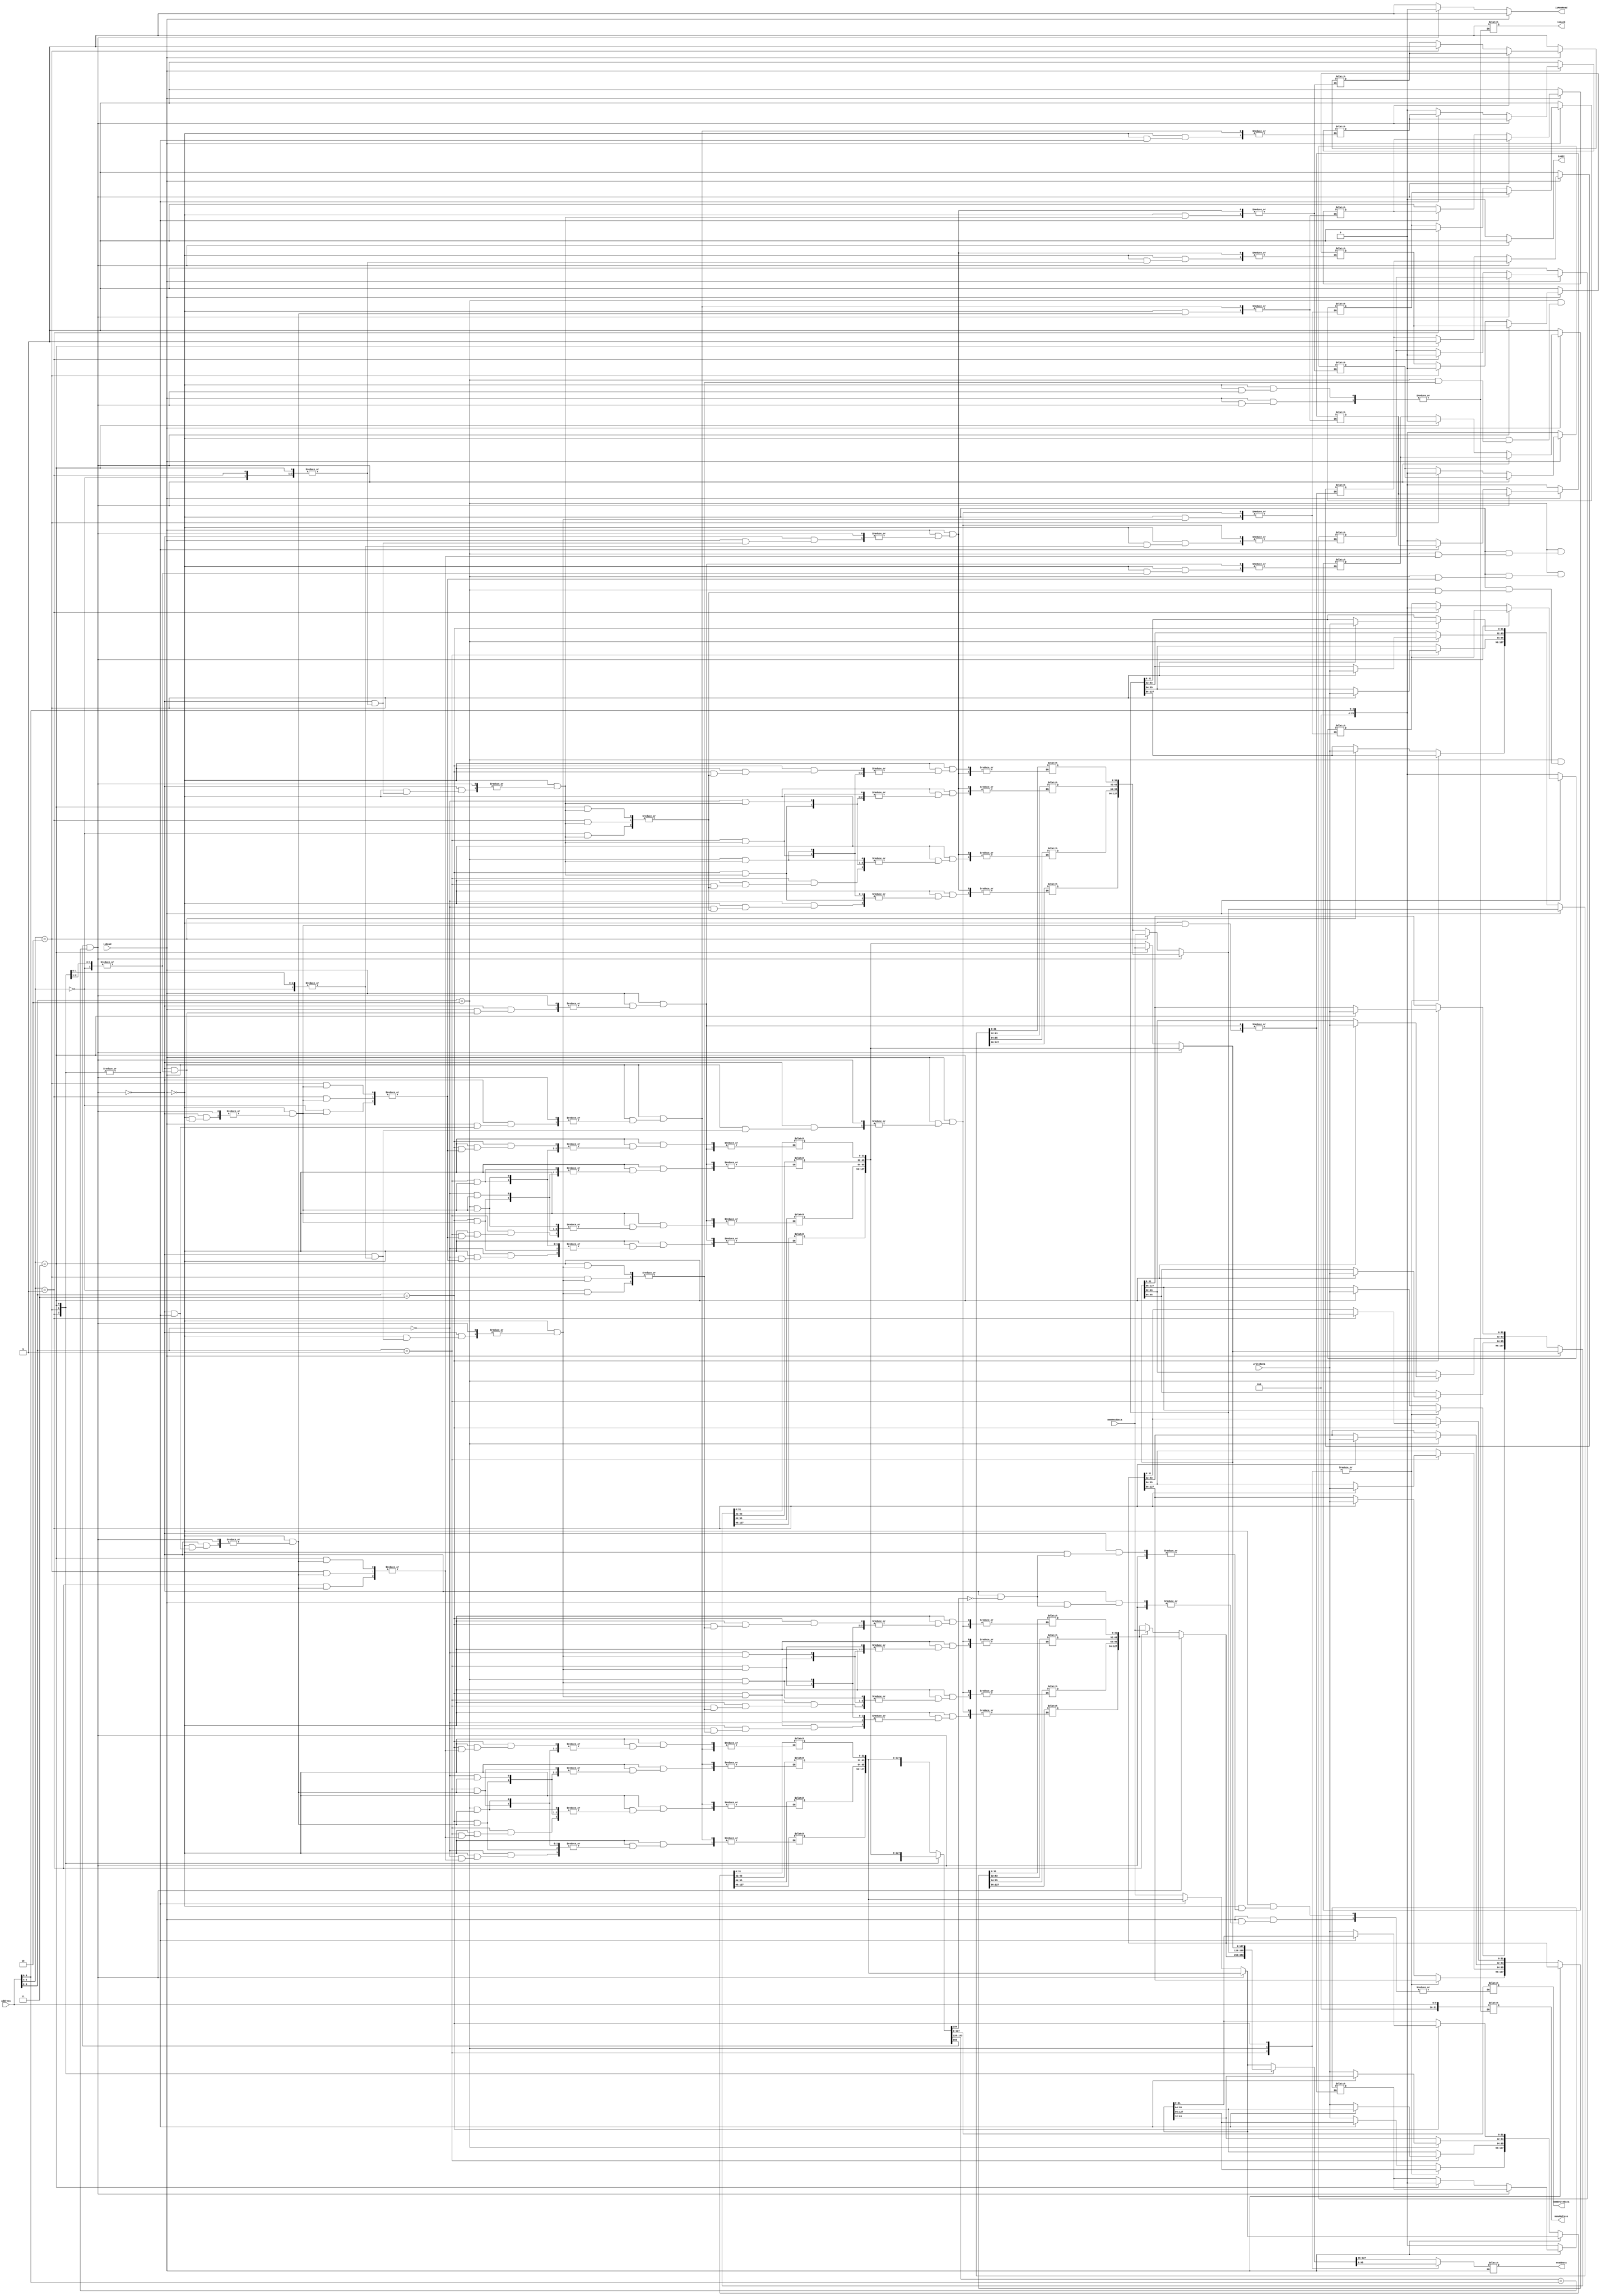
module cache_2a(
  // with cpu
  input isRead,
  input [9:0] address,
  input [31:0] writeData,
  output reg [31:0] readData,
  output reg isHit,
  // with main memory
  output reg isMemRead,
  output reg [127:0] memWriteData,
  output reg isLock,
  output reg [31:0] memAddress,
  input [127:0] memReadData
);

  reg [155:0] block [3:0];

  integer i;
  initial begin
    for (i=0; i<4; i=i+1) begin
      block[i] = 0;
    end
    isMemRead = 1;
    memWriteData = 0;
    isLock = 1;
  end

  reg [25:0] tag;
  reg [1:0] index;
  reg [1:0] wordOffset;
  always @(*) begin
    /* parse the address */
    tag = {0,address[9:6]};
    index = address [5:4];
    wordOffset = address[3:2];

    if (isRead == 1) begin // read
      /* check the cache block */
      isMemRead = 1;
      if (block[index][155]==1 && block[index][153:128]==tag) begin // hit
        isHit = 1;
      end else begin // miss
        isHit = 0;
        /* check whether the block is dirty */
        if (block[index][154]==1) begin // dirty
          /* write back to main memory */
          isMemRead = 0;
          memAddress = {block[index][153:128],index[1:0],wordOffset[1:0],2'b0}; // for consistency, we insert wordOffset (but not used)
          memWriteData = block[index][127:0];
          isLock = 0;
          #1;
          isLock = 1;
        end
        /* call main memory */
        isMemRead = 1;
        memAddress = address;
        isLock = 0;
        #1; // wait for main memory to respond
        isLock = 1;
        /* update the block */
        block[index][155] = 1;
        block[index][154] = 0; // marked as not dirty
        block[index][153:128] = tag;
        block[index][127:0] = memReadData;
      end
      /* update the output */
      case(wordOffset)
        2'b00: readData = block[index][127:96];
        2'b01: readData = block[index][95:64];
        2'b10: readData = block[index][63:32];
        2'b11: readData = block[index][31:0];
      endcase
    end else begin // write
      isMemRead = 0;
      // readData = 0; // do not clear readData if the mode is switched to write
      if (block[index][155]==1 && block[index][153:128]==tag) begin // hit
        isHit = 1;
      end else begin
        isHit = 0;
        if (block[index][154]==1) begin // dirty
          /* write back to main memory */
          isMemRead = 0;
          memAddress = {block[index][153:128],index[1:0],wordOffset[1:0],2'b0};
          memWriteData = block[index][127:0];
          isLock = 0;
          #1;
          isLock = 1;
        end
        /* read from main memory */
        isMemRead = 1;
        memAddress = address;
        isLock = 0;
        #1;
        isLock = 1;
        block[index][155] = 1;
        block[index][153:128] = tag;
        block[index][127:0] = memReadData;
      end
      case(wordOffset)
        2'b00: block[index][127:96] = writeData;
        2'b01: block[index][95:64] = writeData;
        2'b10: block[index][63:32] = writeData;
        2'b11: block[index][31:0] = writeData;
      endcase
      block[index][154] = 1; // marked as dirty        
    end
  end

endmodule